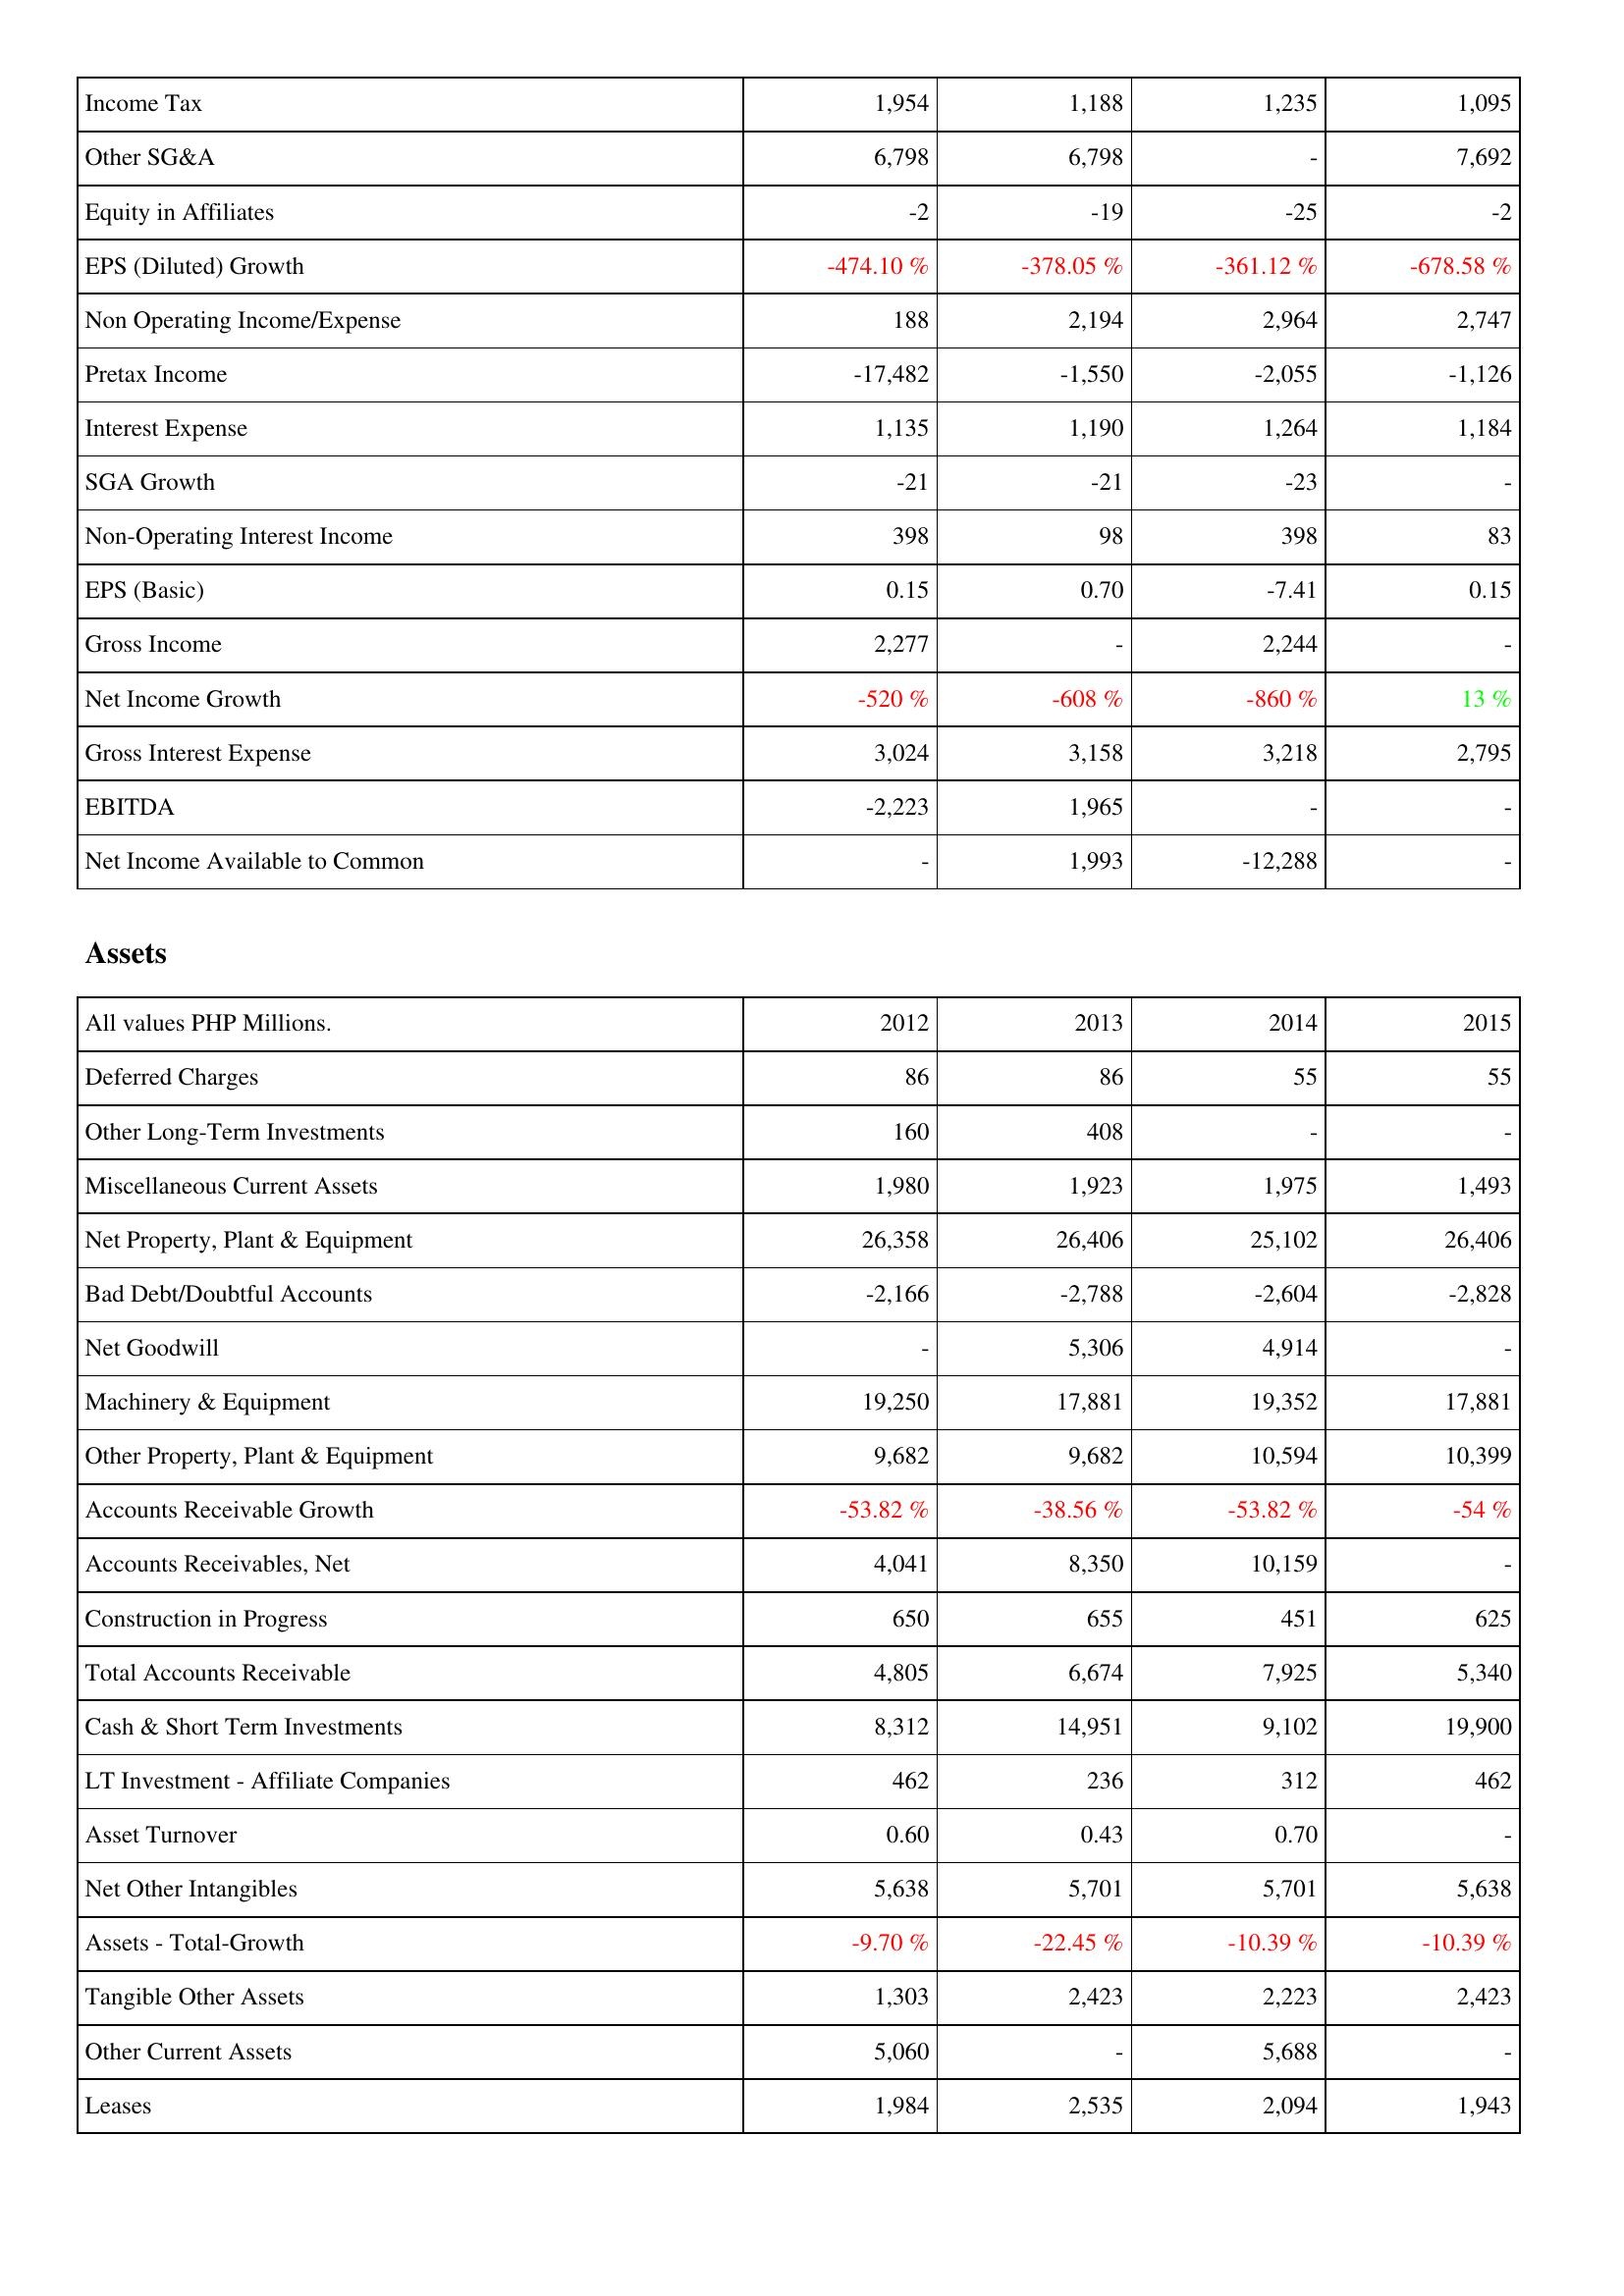
2012: Income Statement: Income Tax: 1,954
Other SG&A: 6,798
Equity in Affiliates: -2
EPS (Diluted) Growth: -474.10 %
Non Operating Income/Expense: 188
Pretax Income: -17,482
Interest Expense: 1,135
SGA Growth: -21
Non-Operating Interest Income: 398
EPS (Basic): 0.15
Gross Income: 2,277
Net Income Growth: -520 %
Gross Interest Expense: 3,024
EBITDA: -2,223
Net Income Available to Common: -
Assets: Deferred Charges: 86
Other Long-Term Investments: 160
Miscellaneous Current Assets: 1,980
Net Property, Plant & Equipment: 26,358
Bad Debt/Doubtful Accounts: -2,166
Net Goodwill: -
Machinery & Equipment: 19,250
Other Property, Plant & Equipment: 9,682
Accounts Receivable Growth: -53.82 %
Accounts Receivables, Net: 4,041
Construction in Progress: 650
Total Accounts Receivable: 4,805
Cash & Short Term Investments: 8,312
LT Investment - Affiliate Companies: 462
Asset Turnover: 0.60
Net Other Intangibles: 5,638
Assets - Total-Growth: -9.70 %
Tangible Other Assets: 1,303
Other Current Assets: 5,060
Leases: 1,984
2013: Income Statement: Income Tax: 1,188
Other SG&A: 6,798
Equity in Affiliates: -19
EPS (Diluted) Growth: -378.05 %
Non Operating Income/Expense: 2,194
Pretax Income: -1,550
Interest Expense: 1,190
SGA Growth: -21
Non-Operating Interest Income: 98
EPS (Basic): 0.70
Gross Income: -
Net Income Growth: -608 %
Gross Interest Expense: 3,158
EBITDA: 1,965
Net Income Available to Common: 1,993
Assets: Deferred Charges: 86
Other Long-Term Investments: 408
Miscellaneous Current Assets: 1,923
Net Property, Plant & Equipment: 26,406
Bad Debt/Doubtful Accounts: -2,788
Net Goodwill: 5,306
Machinery & Equipment: 17,881
Other Property, Plant & Equipment: 9,682
Accounts Receivable Growth: -38.56 %
Accounts Receivables, Net: 8,350
Construction in Progress: 655
Total Accounts Receivable: 6,674
Cash & Short Term Investments: 14,951
LT Investment - Affiliate Companies: 236
Asset Turnover: 0.43
Net Other Intangibles: 5,701
Assets - Total-Growth: -22.45 %
Tangible Other Assets: 2,423
Other Current Assets: -
Leases: 2,535
2014: Income Statement: Income Tax: 1,235
Other SG&A: -
Equity in Affiliates: -25
EPS (Diluted) Growth: -361.12 %
Non Operating Income/Expense: 2,964
Pretax Income: -2,055
Interest Expense: 1,264
SGA Growth: -23
Non-Operating Interest Income: 398
EPS (Basic): -7.41
Gross Income: 2,244
Net Income Growth: -860 %
Gross Interest Expense: 3,218
EBITDA: -
Net Income Available to Common: -12,288
Assets: Deferred Charges: 55
Other Long-Term Investments: -
Miscellaneous Current Assets: 1,975
Net Property, Plant & Equipment: 25,102
Bad Debt/Doubtful Accounts: -2,604
Net Goodwill: 4,914
Machinery & Equipment: 19,352
Other Property, Plant & Equipment: 10,594
Accounts Receivable Growth: -53.82 %
Accounts Receivables, Net: 10,159
Construction in Progress: 451
Total Accounts Receivable: 7,925
Cash & Short Term Investments: 9,102
LT Investment - Affiliate Companies: 312
Asset Turnover: 0.70
Net Other Intangibles: 5,701
Assets - Total-Growth: -10.39 %
Tangible Other Assets: 2,223
Other Current Assets: 5,688
Leases: 2,094
2015: Income Statement: Income Tax: 1,095
Other SG&A: 7,692
Equity in Affiliates: -2
EPS (Diluted) Growth: -678.58 %
Non Operating Income/Expense: 2,747
Pretax Income: -1,126
Interest Expense: 1,184
SGA Growth: -
Non-Operating Interest Income: 83
EPS (Basic): 0.15
Gross Income: -
Net Income Growth: 13 %
Gross Interest Expense: 2,795
EBITDA: -
Net Income Available to Common: -
Assets: Deferred Charges: 55
Other Long-Term Investments: -
Miscellaneous Current Assets: 1,493
Net Property, Plant & Equipment: 26,406
Bad Debt/Doubtful Accounts: -2,828
Net Goodwill: -
Machinery & Equipment: 17,881
Other Property, Plant & Equipment: 10,399
Accounts Receivable Growth: -54 %
Accounts Receivables, Net: -
Construction in Progress: 625
Total Accounts Receivable: 5,340
Cash & Short Term Investments: 19,900
LT Investment - Affiliate Companies: 462
Asset Turnover: -
Net Other Intangibles: 5,638
Assets - Total-Growth: -10.39 %
Tangible Other Assets: 2,423
Other Current Assets: -
Leases: 1,943